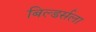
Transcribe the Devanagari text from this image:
बिल्डर्सला